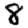
Digit: 8